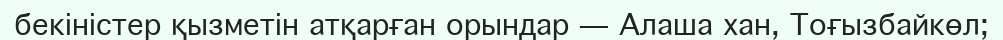
бекіністер қызметін атқарған орындар — Алаша хан, Тоғызбайкөл;